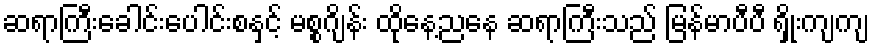
ဆရာကြီးခေါင်းပေါင်းစနှင့် မစ္စဂျိန်း ထိုနေ့ညနေ ဆရာကြီးသည် မြန်မာပီပီ ရှိုးကျကျ